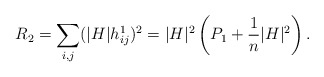
\begin{align*} R_{2} = \sum_{i,j} ( | H | h^{1}_{i j} )^{2} = | H |^{2} \left( P_{1} + \frac{1}{n} | H |^{2} \right) . \end{align*}